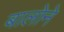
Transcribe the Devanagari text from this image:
बालोने